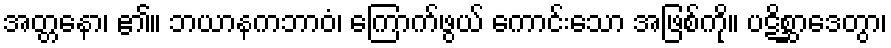
အတ္တနော၊ ၏။ ဘယာနကဘာဝံ၊ ကြောက်ဖွယ် ကောင်းသော အဖြစ်ကို။ ပဋိစ္ဆာဒေတွာ၊